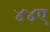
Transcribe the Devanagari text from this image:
४४ए